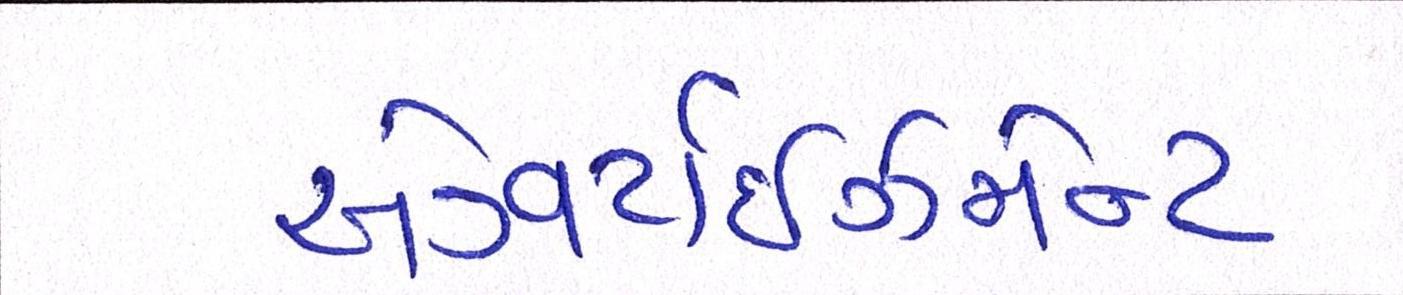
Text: એડવર્ટાઇઝમેન્ટ